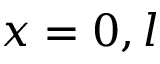
x = 0 , l